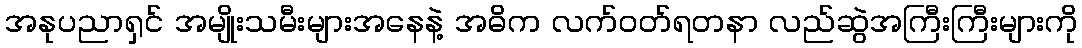
အနုပညာရှင် အမျိုးသမီးများအနေနဲ့ အဓိက လက်ဝတ်ရတနာ လည်ဆွဲအကြီးကြီးများကို